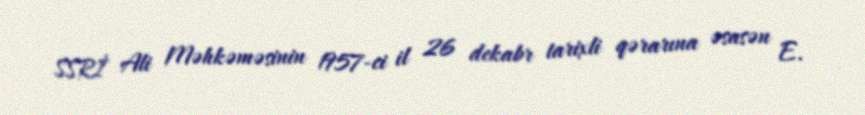
SSRİ Ali Məhkəməsinin 1957-ci il 26 dekabr tarixli qərarına əsasən E.